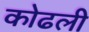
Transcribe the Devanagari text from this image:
कोढली